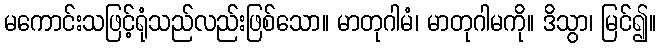
မကောင်းသဖြင့်ရုံသည်လည်းဖြစ်သော။ မာတုဂါမံ၊ မာတုဂါမကို။ ဒိသွာ၊ မြင်၍။